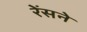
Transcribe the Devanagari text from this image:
रेंसने